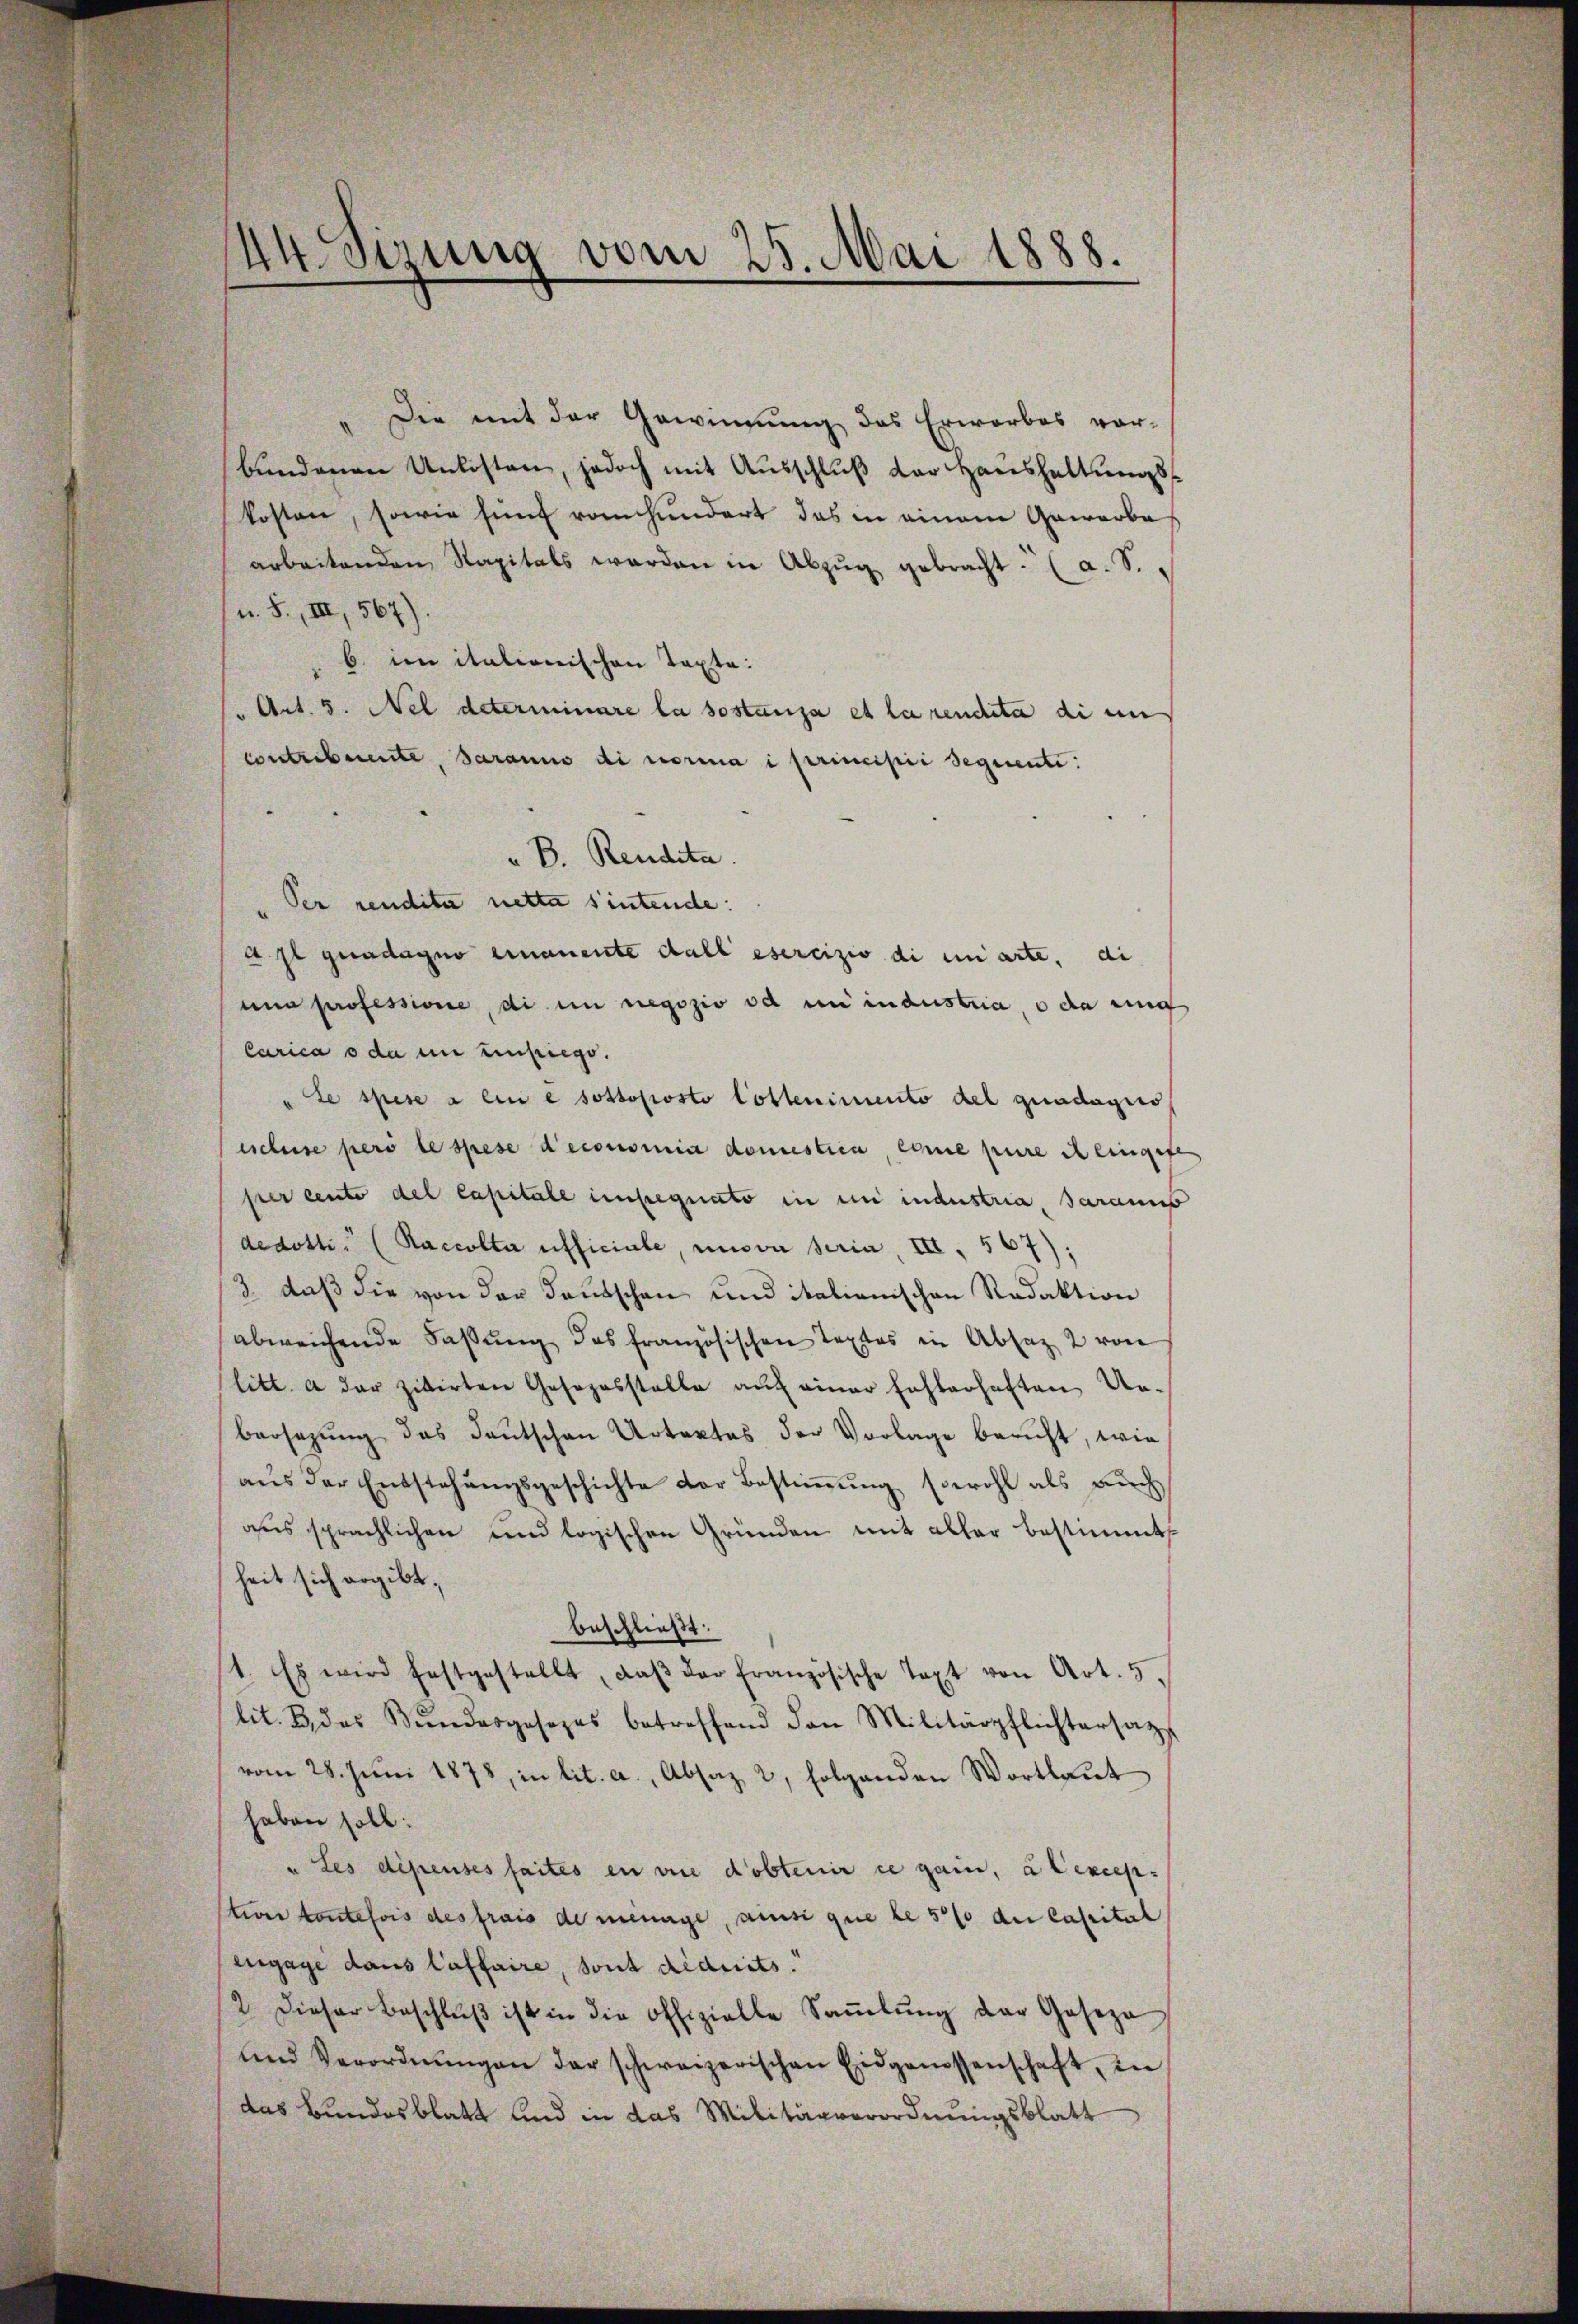
"Die mit der Gewinnung des Erwarbes vor-
bŭndenen Untisten, jedoch mit Ausschluß der Haushaltungskosten, sowie sind ronhundert das in einem Gewerbe
arbeitenden Kapitals werden in Abzŭg gebracht. (a. S.
u. S., III, 567).
b. im italionischen Taxte:
Art. 5. Nel determinare la sostanza et la rendete di un
contribuente, daranno di norma i principii seguenti.
" B. Rendita.
Der rendita nette sintende:
Asl geradagno einamente dall esercizio di unarte, di
una professione, di en regozio od in industria, o da eing
Carica o da im Einsiegs.
te spese a eine sottoposto lobtenimento del quadagis
eschuse pers le spese deconomia domistica, eine pure il eingefe
per cente del capitäle insegnato in in industria, sarannt
dedotti. (Raccolta afficiale, unsva Seria, III, 567);
3. daß die von der Teutschen und italienischen Redaktion
abweichende Fassŭng des französischen Textes in Absatz 2 von
litt. a der zitirten Gesezesstelle aŭf einer fehlerhaften Un-
bersezung das Deutschen Urtextes der Vorlage bericht, wie
aŭs der Entstehŭngsgeschichte der Bestiṁŭng sowohl als durch
aus sprachlichen und logischen Gründen mit aller bestimmt
heit sich ergibt,
beschließt:
1. Es wird festgestellt, daβ der französische Text von Art. 5,
lit. B. das Bŭndesgesezes betreffend den Militärpflichtersatz
vom 28. Juni 1878, in lit. a., Absaz 2, folgenden Wortlaut
haben soll:
u. Les dépenses faites en vie dobtenir ce gain, a Cexcep
tion kontefois des frais de ménage, ainsi que le 5 % der Cassital
engage dans laffaire, sont déduits.
2. Dieser Beschlŭβ ist in die offizielle Saṁlŭng der Geseze
und Verordnŭngen der schweizerischen Eidgenossenschaft, in
das Bundesblatt und in das Militärverordnungsblatt

44 Sizung vom 25. Mai 1888.